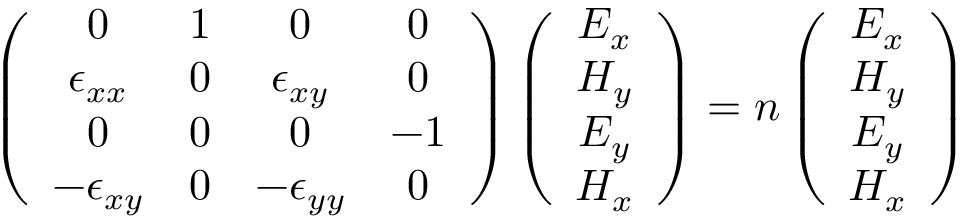
\left( \begin{array} { c c c c } { 0 } & { 1 } & { 0 } & { 0 } \\ { \epsilon _ { x x } } & { 0 } & { \epsilon _ { x y } } & { 0 } \\ { 0 } & { 0 } & { 0 } & { - 1 } \\ { - \epsilon _ { x y } } & { 0 } & { - \epsilon _ { y y } } & { 0 } \end{array} \right) \left( \begin{array} { c } { E _ { x } } \\ { H _ { y } } \\ { E _ { y } } \\ { H _ { x } } \end{array} \right) = n \left( \begin{array} { c } { E _ { x } } \\ { H _ { y } } \\ { E _ { y } } \\ { H _ { x } } \end{array} \right)